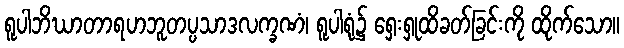
ရူပါဘိဃာတာရဟဘူတပ္ပသာဒလက္ခဏံ၊ ရူပါရုံ၌ ရှေးရှုထိခတ်ခြင်းကို ထိုက်သော။